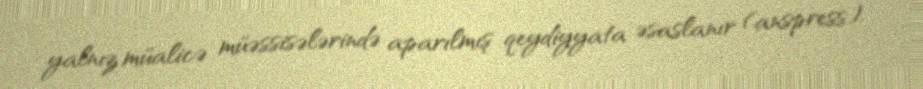
yalnız müalicə müəssisələrində aparılmış qeydiyyata əsaslanır (anspress).